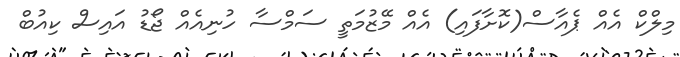
މިލްކް އެއް ޕެއާސް(ކޮށާފައި) އެއް މޭޒުމަތީ ސަމްސާ ހުނިއެއް ޖޯޑު އައިސް ކިއުބް